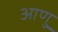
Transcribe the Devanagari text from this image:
आणु